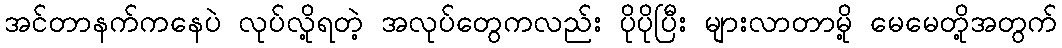
အင်တာနက်ကနေပဲ လုပ်လို့ရတဲ့ အလုပ်တွေကလည်း ပိုပိုပြီး များလာတာမို့ မေမေတို့အတွက်